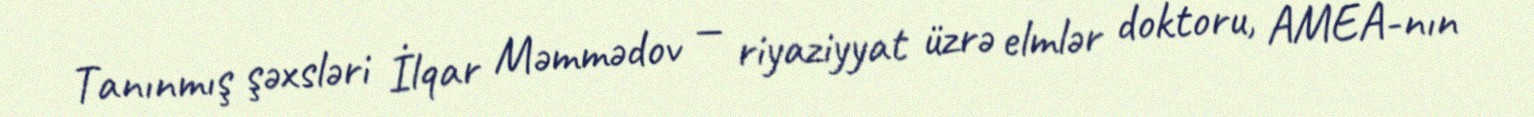
Tanınmış şəxsləri İlqar Məmmədov — riyaziyyat üzrə elmlər doktoru, AMEA-nın